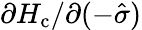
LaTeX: {\partial H_{\mathrm{c}}}/{\partial(-\hat{\sigma})}